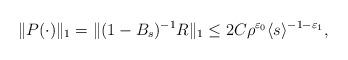
LaTeX: \begin{align*}\|P(\cdot)\|_1=\|(1-B_s)^{-1}R\|_1 \leq 2C\rho^{\varepsilon_0}\langle s \rangle^{-1-\varepsilon_1},\end{align*}